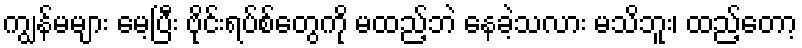
ကျွန်မများ မေ့ပြီး ဗိုင်းရပ်စ်တွေကို မထည့်ဘဲ နေခဲ့သလား မသိဘူး၊ ထည့်တော့